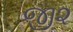
જી૨